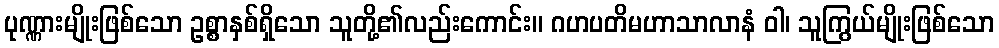
ပုဏ္ဏားမျိုးဖြစ်သော ဥစ္စာနှစ်ရှိသော သူတို့၏လည်းကောင်း။ ဂဟပတိမဟာသာလာနံ ဝါ၊ သူကြွယ်မျိုးဖြစ်သော